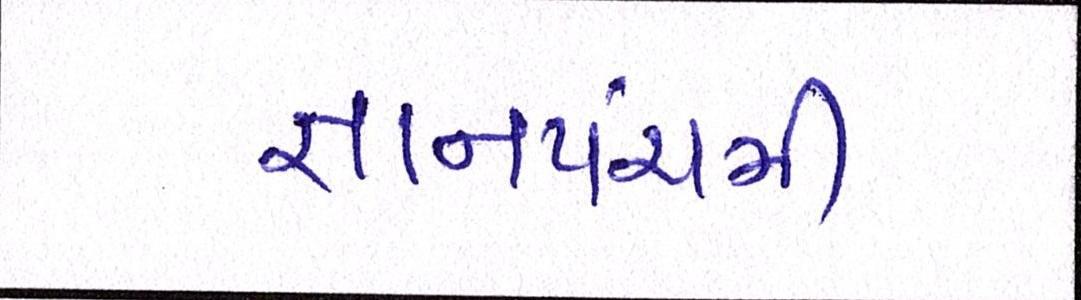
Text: જ્ઞાનપંચમી